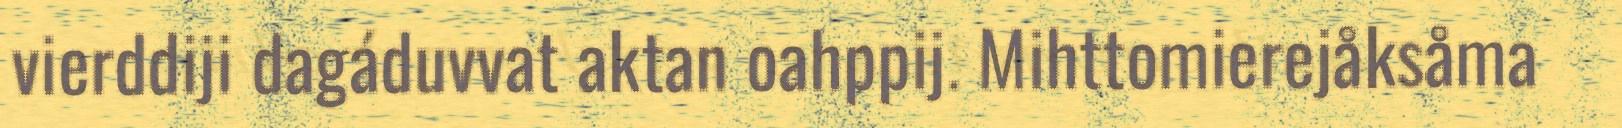
vierddiji dagáduvvat aktan oahppij. Mihttomierejåksåma